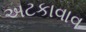
અટકાવાવ